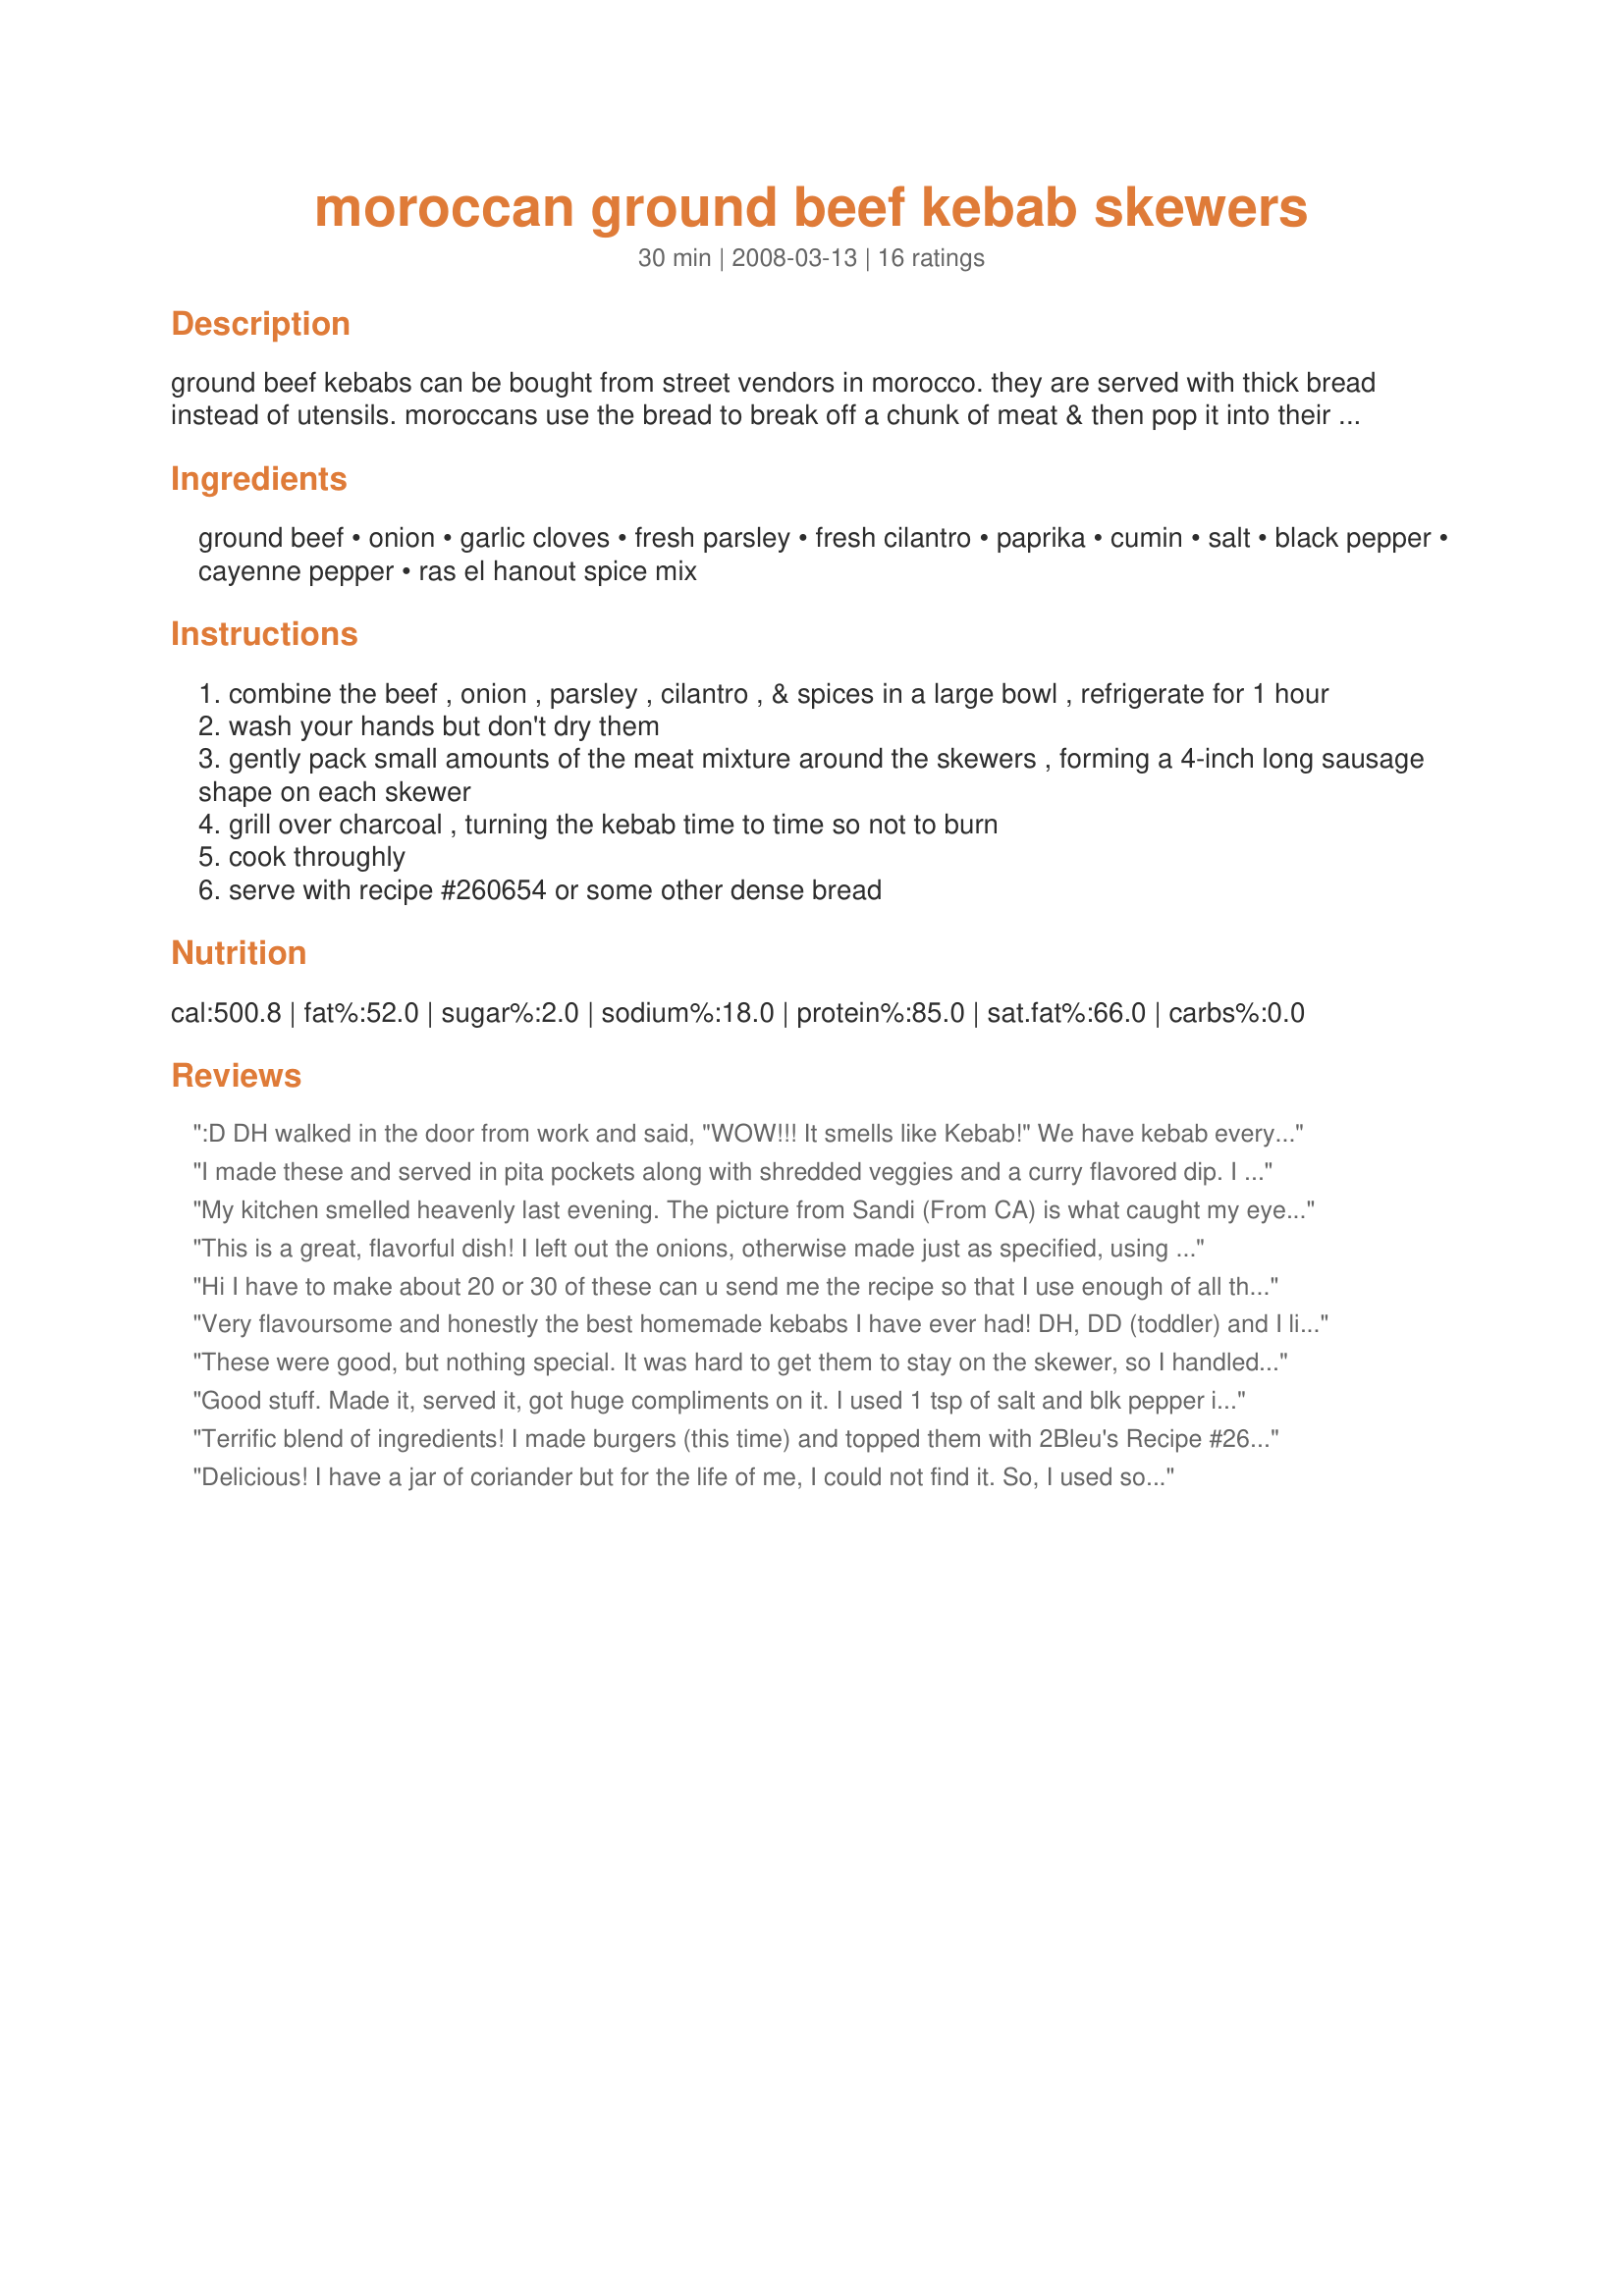
moroccan ground beef kebab skewers
Preparation time: 30 minutes

ground beef kebabs can be bought from street vendors in morocco. they are served with thick bread instead of utensils. moroccans use the bread to break off a chunk of meat & then pop it into their mouth. (the times listed does not included 1 hour in the fridge.)

Ingredients:
ground beef, onion, garlic cloves, fresh parsley, fresh cilantro, paprika, cumin, salt, black pepper, cayenne pepper, ras el hanout spice mix

Steps:
combine the beef , onion , parsley , cilantro , & spices in a large bowl , refrigerate for 1 hour
wash your hands but don't dry them
gently pack small amounts of the meat mixture around the skewers , forming a 4-inch long sausage shape on each skewer
grill over charcoal , turning the kebab time to time so not to burn
cook throughly
serve with recipe #260654 or some other dense bread

Reviews:
:D DH walked in the door from work and said, "WOW!!! It smells like Kebab!" We have kebab every time his family grills, and this tastes very similar to his family's recipe (which I have no idea how to make because they don't measure quantities). I actually added about 25% extra of the Ras El Hanout spice mix and some extra salt, halved the recipe, then baked my kebabs in the oven at 375 degrees for 30 minutes, as DH eats his meat well-done. We ate this with arabic pita bread and Baba Ghannouj Recipe #327763. This was an awesome, authentic Mediterranean meal :D
I made these and served in pita pockets along with shredded veggies and a curry flavored dip. I prepared the skewers and cooked on an indoor grill and used Recipe #262189. The kebabs have lots of flavor. Thank you for sharing your recipe!
My kitchen smelled heavenly last evening. The picture from Sandi (From CA) is what caught my eye so I decided I would make burgers out of this as well. Topped with mayo, lettuce, tomato, and onion on a wheat roll. Fabulous!
This is a great, flavorful dish! I left out the onions, otherwise made just as specified, using your recipe #262189. Served with flatbread and loved the rich warm flavor of the meat - thanks for sharing this recipe!
Hi I have to make about 20 or 30 of these can u send me the recipe so that I use enough of all the ingredients
Very flavoursome and honestly the best homemade kebabs I have ever had! DH, DD (toddler) and I like these. I used lean ground beef but I suggest using regular as they were a little dry and had trouble staying on the skewers. I have done them in the frying pan with some butter! I did not use any cayenne pepper as we dont like hot spicy. I used recipe #262189. I do add a bit more fresh cilantro to the meat mixture. I serve them with additional fresh cilantro, tomato slices sprinkled with sea salt and a squeeze of fresh lemon, helmans olive oil mayonnaise (soy free) (another time I served with hummus but still prefer mayonnaise) and lettuce. I used a wheat free flat bread to wrap them all up in. The time I pan fried we had them with rice. I have also done these in an oven on broil. I will make these again. Originally made for Ramadan Tag.
These were good, but nothing special. It was hard to get them to stay on the skewer, so I handled the meat (mixture) a lot to hopefully help with that. Well, it did not work, and it made it dry. With that aside, the taste was similar to a Moroccan meatball recipe I tried before, which we felt the same about. The spice combination is just odd, we are sure of that now. We like them separately, but not like this. I also used the Ras el Hanout recipe from this site by Nasseh, which we like. Some may like these though.
Good stuff. Made it, served it, got huge compliments on it. I used 1 tsp of salt and blk pepper instead of 1/2 tsp. Also added a tbsp of oil. Very tasty. I might put a bit more cayenne pepper in next time to give it a little more kick.
Terrific blend of ingredients! I made burgers (this time) and topped them with 2Bleu's Recipe #264984 and used toasted onion buns - what a winner! The only changes were: halved recipe, used dried parsley (oops) and cut down on the cayenne. I even used the Recipe #262189 you recommended. Thanks for both this recipe and that one. Total keepers for us!
Delicious! I have a jar of coriander but for the life of me, I could not find it. So, I used some Seven Spice and adjusted my other seasonings as needed. I did double both the amount of the Seven Spice and the salt. I just pan fried them as meatballs and served them with oven-roasted mushrooms, peppers and onion skewers. Also, made some tzatziki to serve on the side.

This will be a recipe that I use again and again.
actually the most delicious things! packed with flavour. everyone adored them. wrote the recipe out and will use again :D
Very nice version. I liked that it's kicked up a notch on the spice how we like it. I didn't need to use any Harissa. Thank You made for Ramadan Tag 2011
The nicest kofta recipe I have tried so far. I used a full teaspoon middle eastern spice and 1 teaspoon extra salt. I also added 2 tablespoons tomato paste, 1 teaspoon garam masala, some fresh mint, 1 tablespoon dried oregano and I only used fresh parsley (as I didn&#039;t have any coriander). I blended it in my blender and fried it on the fry pan with oil.
Fabulous recipe! i used JanS's recipe for ras el hanout.

Spicy but good, i put some tzatziki sauce on the bread i broke off to help tame the heat. Next time im going to add more coriander and a dash of cinammon
My whole family loved the flavor and ate heartily. I also made burgers instead of kebabs, and used your ras el hanout recipe to make the mix for this. We ate it with flatbreads, hummus, and a marinated veggie chopped salad. Thanks, Nasseh!
Great idea! We enjoyed
